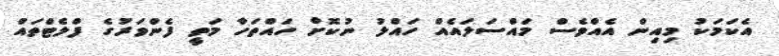
އެކަމަކު މިއިން އެއްވެސް މައްސަލައެއް ހައްލު ނުކޮށް ހައްތަހާ މަތީ ފެންވަރުގެ ފްލެޓްތައް